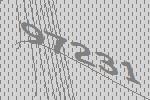
97231